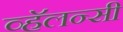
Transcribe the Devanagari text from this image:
व्हॅलन्सी